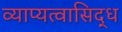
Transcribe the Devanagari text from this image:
व्याप्यत्वासिद्ध